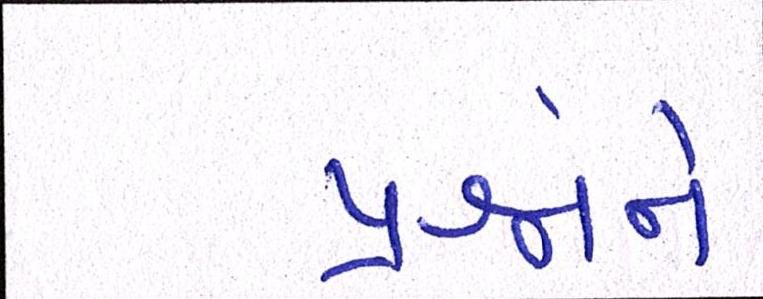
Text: પ્રશ્નોને